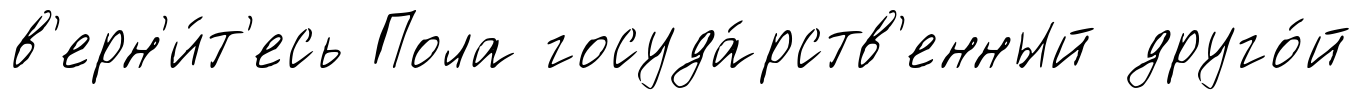
в'ерн'и́т'есь Пола госуда́рств'енный друго́й